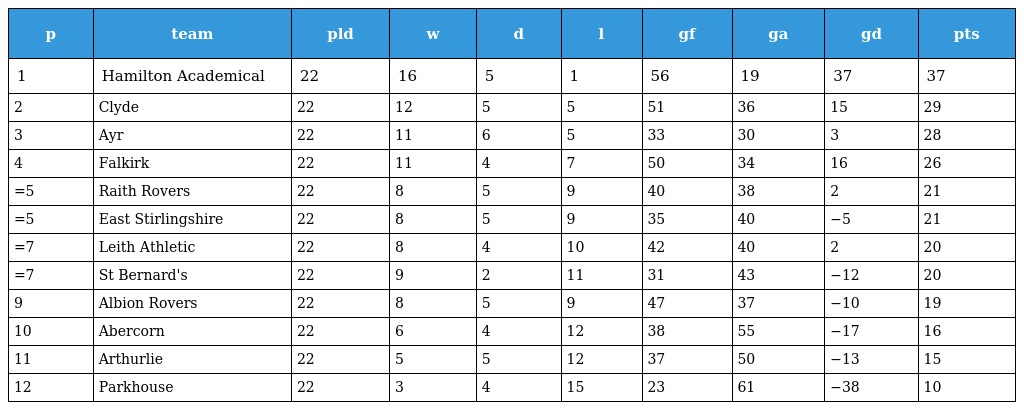
| p | team | pld | w | d | l | gf | ga | gd | pts |
 | --- | --- | --- | --- | --- | --- | --- | --- | --- | --- |
 | 1 | Hamilton Academical | 22 | 16 | 5 | 1 | 56 | 19 | 37 | 37 |
 | 2 | Clyde | 22 | 12 | 5 | 5 | 51 | 36 | 15 | 29 |
 | 3 | Ayr | 22 | 11 | 6 | 5 | 33 | 30 | 3 | 28 |
 | 4 | Falkirk | 22 | 11 | 4 | 7 | 50 | 34 | 16 | 26 |
 | =5 | Raith Rovers | 22 | 8 | 5 | 9 | 40 | 38 | 2 | 21 |
 | =5 | East Stirlingshire | 22 | 8 | 5 | 9 | 35 | 40 | −5 | 21 |
 | =7 | Leith Athletic | 22 | 8 | 4 | 10 | 42 | 40 | 2 | 20 |
 | =7 | St Bernard's | 22 | 9 | 2 | 11 | 31 | 43 | −12 | 20 |
 | 9 | Albion Rovers | 22 | 8 | 5 | 9 | 47 | 37 | −10 | 19 |
 | 10 | Abercorn | 22 | 6 | 4 | 12 | 38 | 55 | −17 | 16 |
 | 11 | Arthurlie | 22 | 5 | 5 | 12 | 37 | 50 | −13 | 15 |
 | 12 | Parkhouse | 22 | 3 | 4 | 15 | 23 | 61 | −38 | 10 |